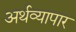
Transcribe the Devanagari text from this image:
अर्थव्यापार